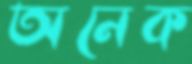
অনেক